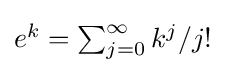
{\textstyle e^{k}=\sum _{j=0}^{\infty }k^{j}/j!}